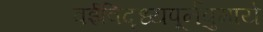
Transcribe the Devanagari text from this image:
वईविद्ध्यपूर्नवुमाये